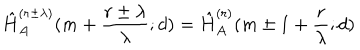
LaTeX: \hat { H } _ { A } ^ { ( r \pm \lambda ) } ( m + \frac { r \pm \lambda } { \lambda } ; d ) = \hat { H } _ { A } ^ { ( r ) } ( m \pm 1 + \frac { r } { \lambda } ; d )